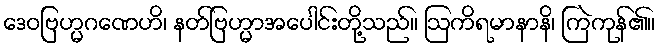
ဒေဝဗြဟ္မဂဏေဟိ၊ နတ်ဗြဟ္မာအပေါင်းတို့သည်။ ဩကိရမာနာနိ၊ ကြဲကုန်၏။